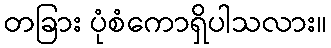
တခြား ပုံစံကောရှိပါသလား။